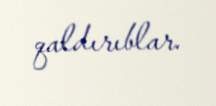
qaldırıblar.